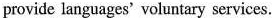
provide languages' voluntary services.